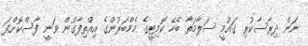
ނަން ދިރާސާކުރި ގައުމީ ސަލާމަތާ ބެހޭ ކޮމިޓީގެ މެމްބަރުންގެ އިއްތިފާގުން ވަނީ ފާސްކޮށްފަ